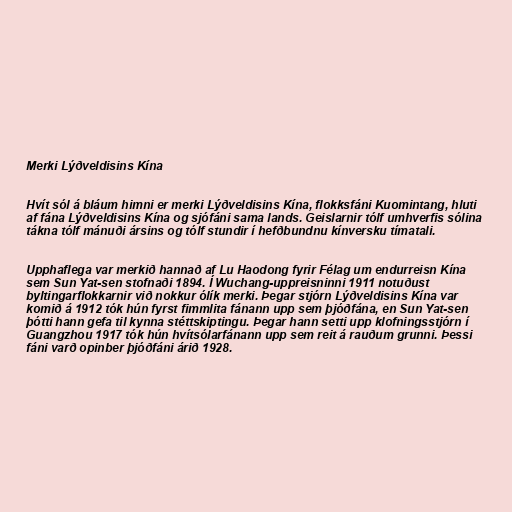
Merki Lýðveldisins Kína

Hvít sól á bláum himni er merki Lýðveldisins Kína, flokksfáni Kuomintang, hluti
af fána Lýðveldisins Kína og sjófáni sama lands. Geislarnir tólf umhverfis sólina
tákna tólf mánuði ársins og tólf stundir í hefðbundnu kínversku tímatali.

Upphaflega var merkið hannað af Lu Haodong fyrir Félag um endurreisn Kína
sem Sun Yat-sen stofnaði 1894. Í Wuchang-uppreisninni 1911 notuðust
byltingarflokkarnir við nokkur ólík merki. Þegar stjórn Lýðveldisins Kína var
komið á 1912 tók hún fyrst fimmlita fánann upp sem þjóðfána, en Sun Yat-sen
þótti hann gefa til kynna stéttskiptingu. Þegar hann setti upp klofningsstjórn í
Guangzhou 1917 tók hún hvítsólarfánann upp sem reit á rauðum grunni. Þessi
fáni varð opinber þjóðfáni árið 1928.